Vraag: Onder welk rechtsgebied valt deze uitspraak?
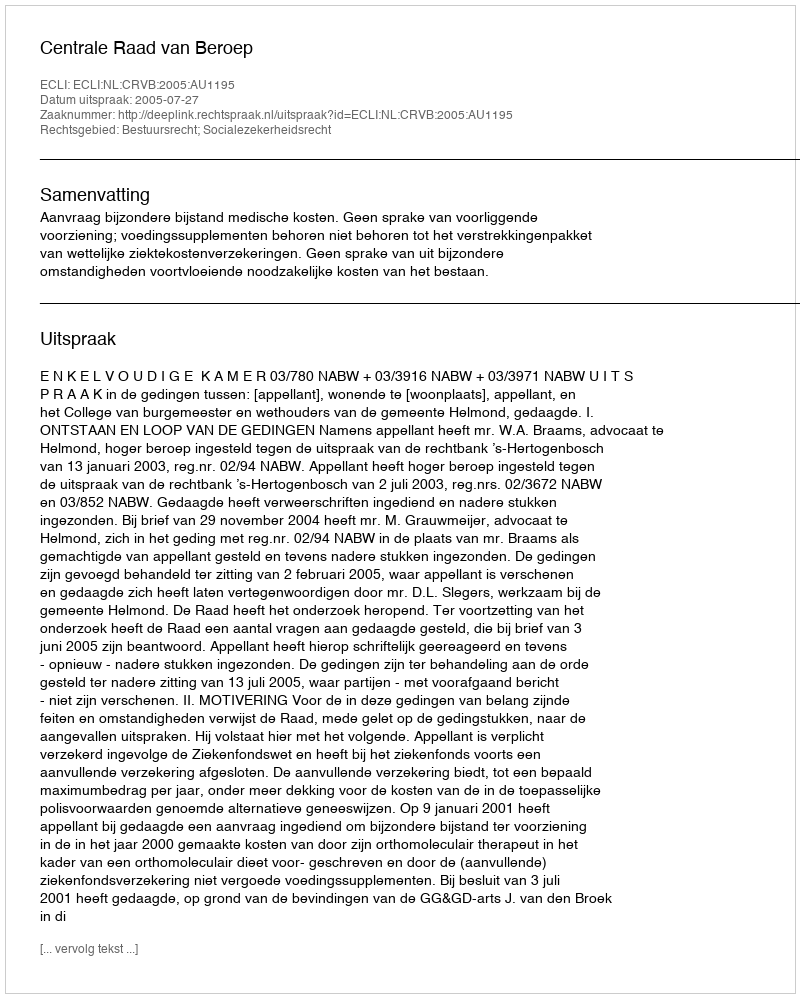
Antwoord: Bestuursrecht; Socialezekerheidsrecht